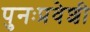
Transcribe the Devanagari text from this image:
पुनःप्रवेशी